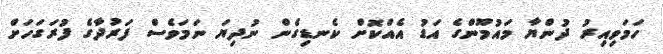
ހަމަވިއިރު ދުންޔާ މައުމޫންގެ އަޑު އެއްކޮށް ކެނޑިގެން ނުދިޔަ ނަމަވެސް ފަރުދާގެ ފުރަގަހަށް